Juuru_vallavalitsus, lk 16
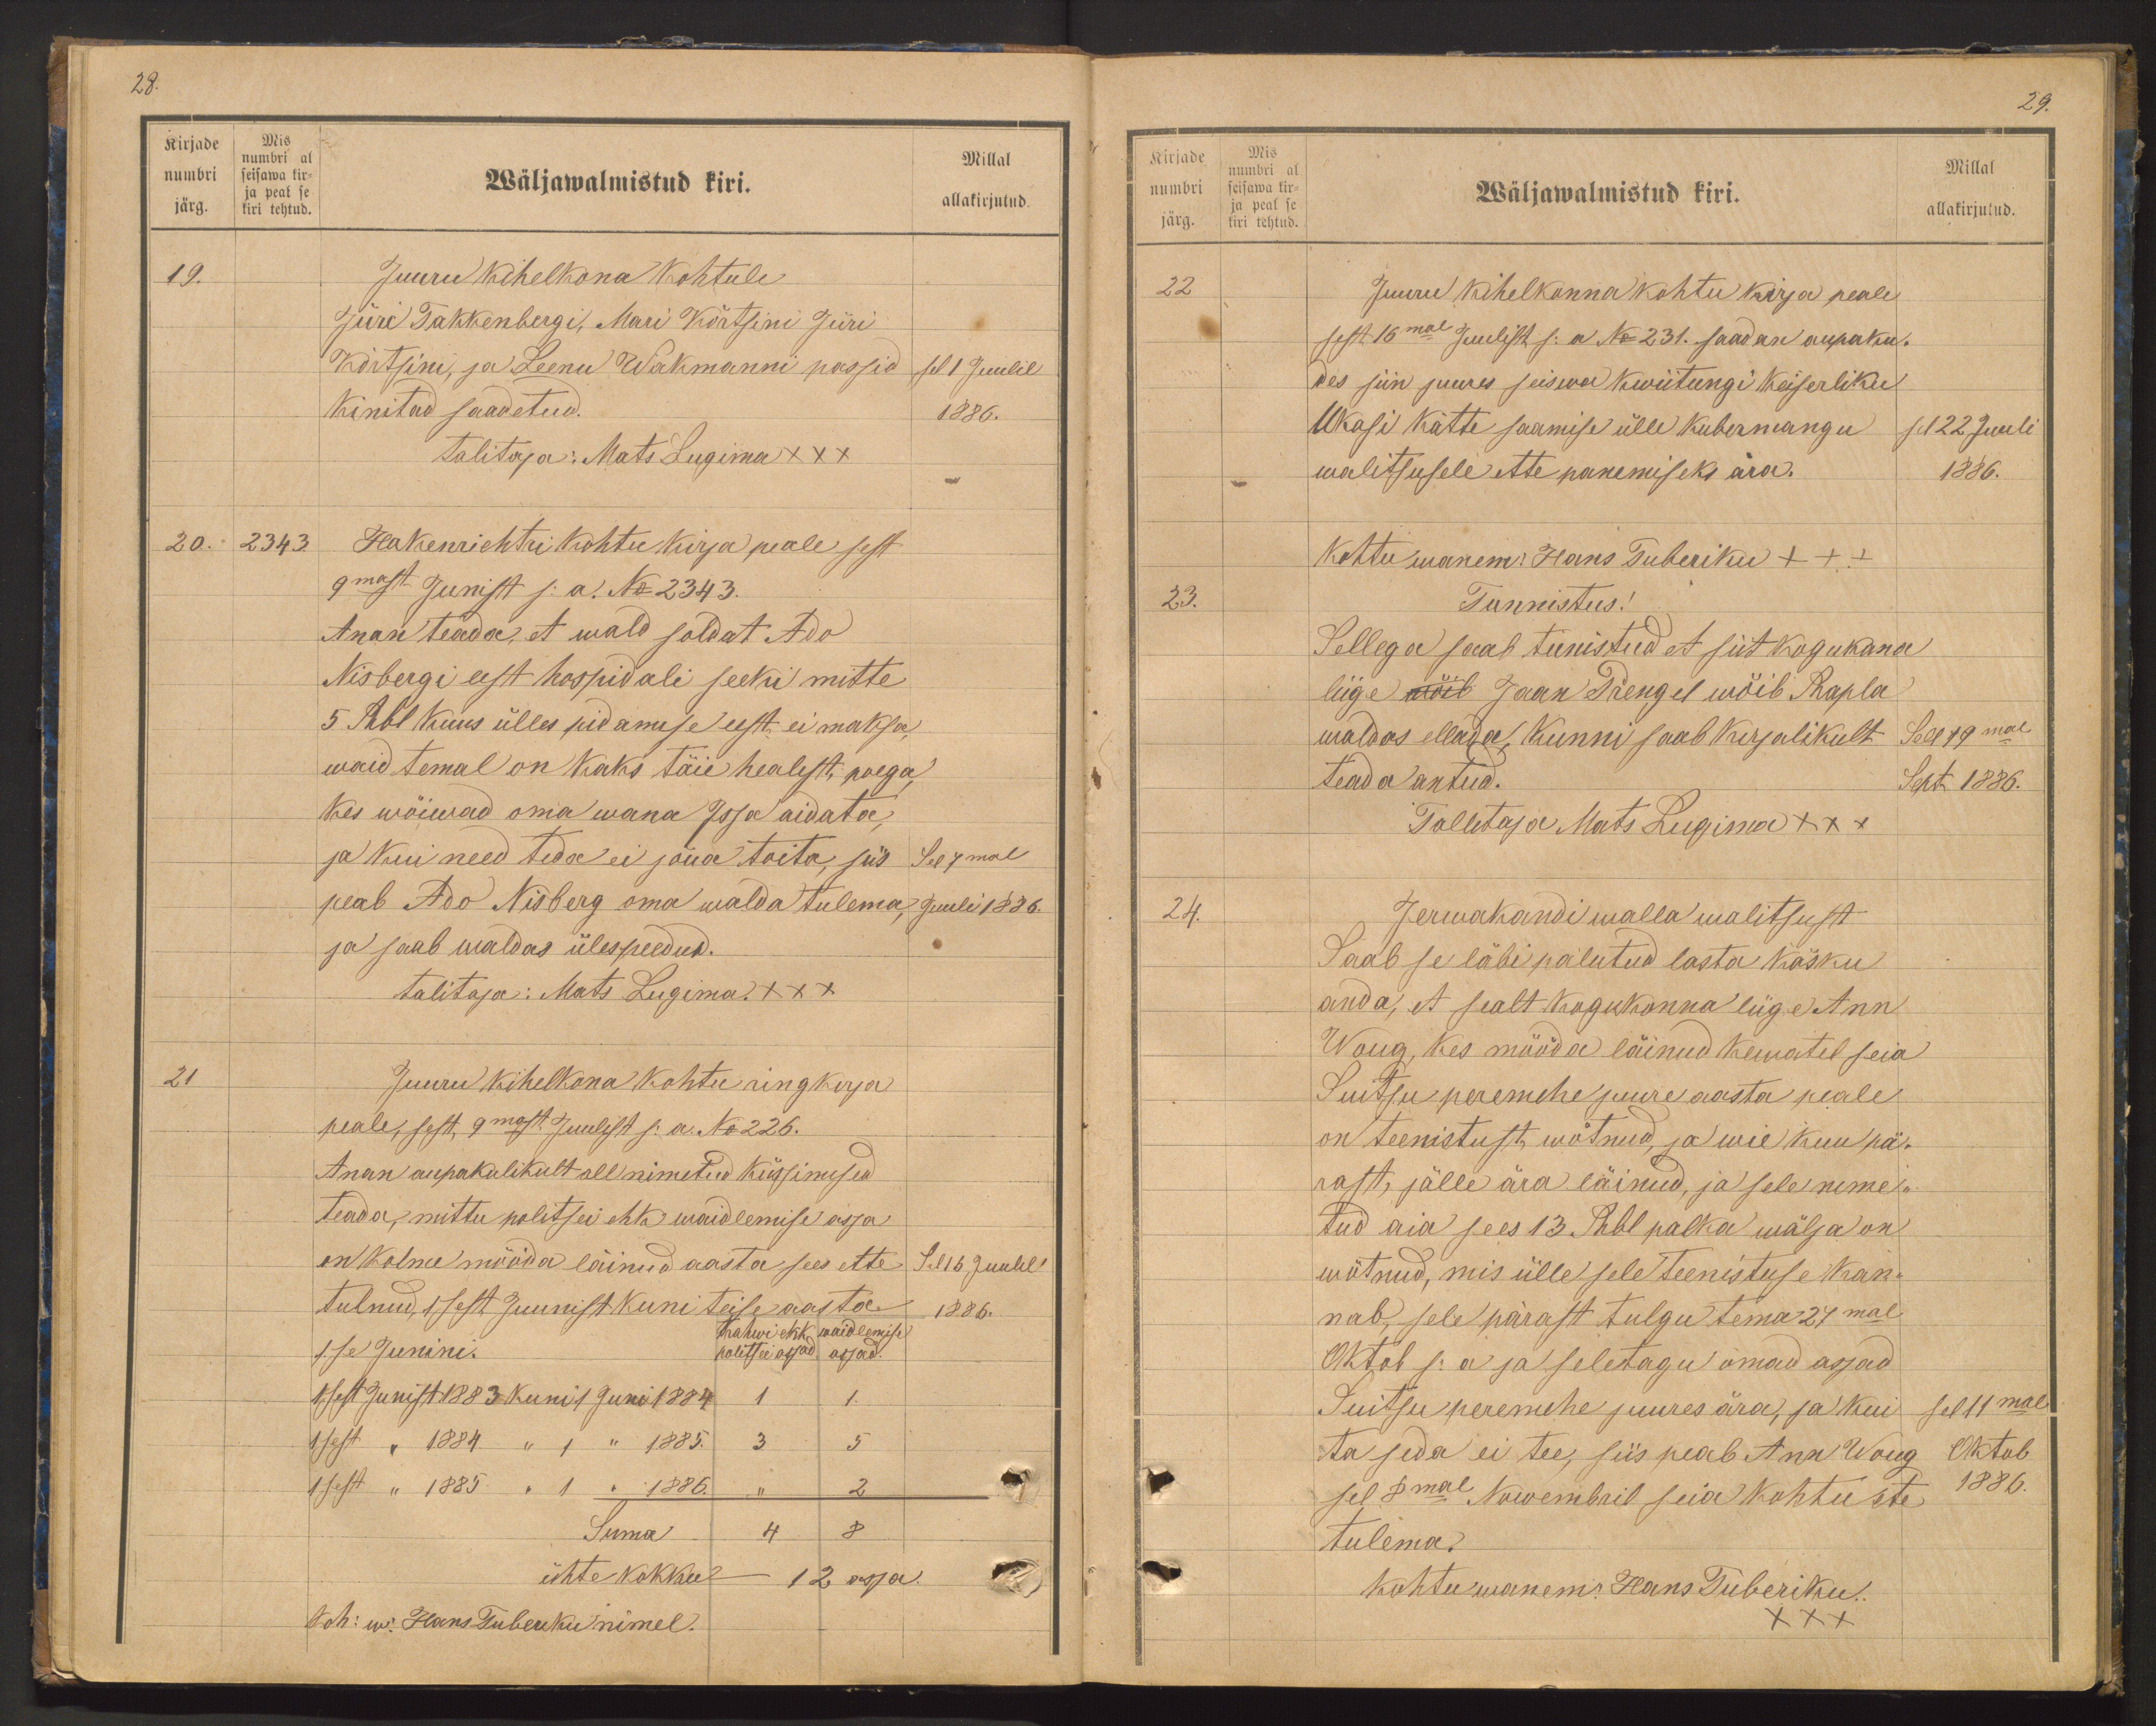
Kirjade
numbri
järg.
Mis
numbri al
seisawa kir-
ja peal se
kiri tehtud.

28.
Millal
Wäljawalmistud kiri.
allakirjutud.
19.
Juuru kihelkona Kohtule
Jüri Takkenbergi, Mari Kõrtsini Jüri
Kõrtsini, ja Leenu Wakmanni passid sel 1 Juulil
kinitad saadetud.
1886.
talitaja: Mats Lugima XXX
20. 2343
Hakenrichtri kohtu kirja peale sest
9mast Junist s. a. No 2343.
Anan teada, et wald soldat Ado
Nisbergi eest hospidali seeki mitte
5 Rbl Kuus ülles pidamise eest, ei maksa
waid temal on kaks täie healist, poega
Kes wõiwad oma wana Issa aidata
ja kui need teda ei jõua toita, siis Sel 7mal
peab Ado Nisberg oma walda tulema, juuli 1886.
ja saab waldas üles peedud.
talitaja: Mats Lugima XXX
21
Juuru kihelkona kohtu ringkirja
peale, sest 9mast Juulist s. a. No 226.
Anan aupakulikult all nimetud küssimised
teada, mittu politsei ehk waidlemise asja
on Kolme mööda läinud aasta sees ette
Sel 15 Juulil
tulnud, 1 sest Juunist kuni teise aasta
1886.
Krahwi ehk waidlemise
1se Junini.
politsei asjad asjad.
1sest Junist 1883 kuni 1 Juni 1884
1
1.
1sest " 1884 " 1 " 1885.
3
5
1 sest " 1885 " 1 " 1886.
2
Suma
4
8
ühte kokku
12 asja.
Koh: w: Hans Tuberku nimel.

Kirjade
numbri
järg.
Mis
numbri al
seisawa kir-
ja peal se
kiri tehtud.

29.
Millal
Wäljawalmistud kiri.
allakirjutud.
22
Juuru kihelkonna kohtu kirja peale
sest 16mal Juulist s.a. No: 231. saadan aupaku.
des siin juures seiswa kwiitungi Keiserliku
Ukasi kätte saamise ülle kubermangu
sel 22 Juuli
walitsusele ette panemiseks ära.
1886.
Kohtu wanem: Hans Tuberiku +++
23.
Tunnistus!
Sellega saab tunistud et siit kogukona
liige vöib Jaan Prengil wõib Rapla
waldas ellada kunni saab kirjalikult Sel 19mal
teada antud.
Sept 1886.
Tallitaja Mats Lugima XXX
24.
Jerwakandi walla walitsust
Saab se läbi palutud lasta käsku
anda, et sealt kogukonna liige Ann
Woug, kes mööda läinud kewatel seia
Suitsu peremehe juure aasta peale
on teenistust wõtnud, ja wie kuu pä-
rast, jälle ära läinud, ja sele nime
tud aia sees 13 Rubl palka wälja on
wõtnud, mis ülle sele teenistuse kan-
nab, sele pärast tulgu tema 27mal
Oktob s.a ja seletagu omad asjad
Suitsu peremehe juures ära, ja kui
sel 11mal
ta seda ei tee, siis peab Ann Woug
Oktob
sel 8mal Nowembril seia kohtu ete
1886.
tulema.
kohtu wanem. Hans Tuberiku.
XXX